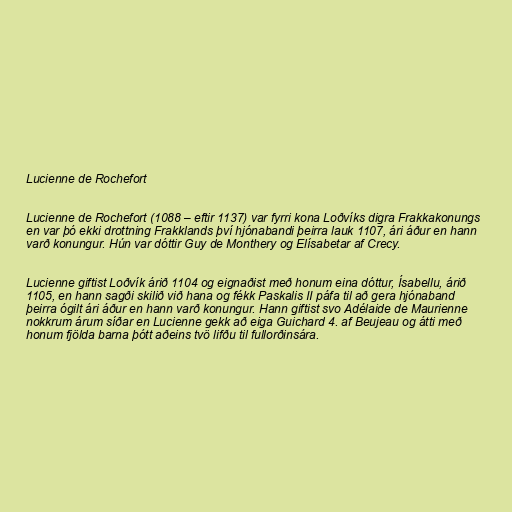
Lucienne de Rochefort

Lucienne de Rochefort (1088 – eftir 1137) var fyrri kona Loðvíks digra Frakkakonungs
en var þó ekki drottning Frakklands því hjónabandi þeirra lauk 1107, ári áður en hann
varð konungur. Hún var dóttir Guy de Monthery og Elísabetar af Crecy.

Lucienne giftist Loðvík árið 1104 og eignaðist með honum eina dóttur, Ísabellu, árið
1105, en hann sagði skilið við hana og fékk Paskalis II páfa til að gera hjónaband
þeirra ógilt ári áður en hann varð konungur. Hann giftist svo Adélaide de Maurienne
nokkrum árum síðar en Lucienne gekk að eiga Guichard 4. af Beujeau og átti með
honum fjölda barna þótt aðeins tvö lifðu til fullorðinsára.